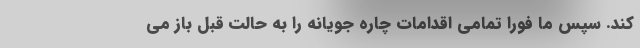
کند. سپس ما فورا تمامی اقدامات چاره جویانه را به حالت قبل باز می‌